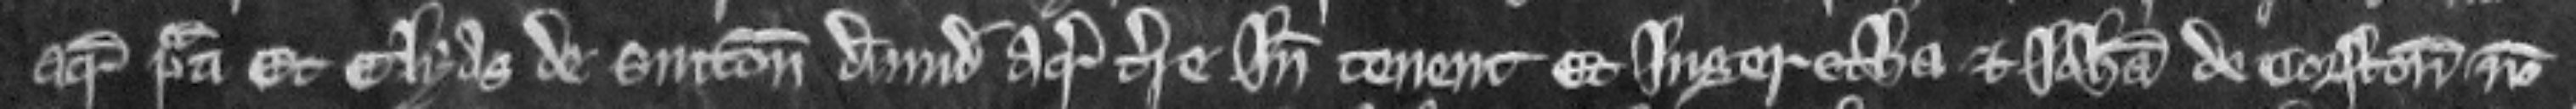
acram prati Et Elyas de Sutton dimidiam acram terre inde tenent Et Ingeretha et Johanna de Corfton non